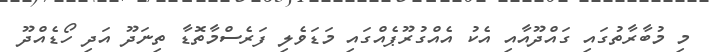
މި މުބާރާތުގައި ގައްދޫއާއި އެކު އެއްގުރޫޕެއްގައި މަޑަވެލި ފަރެސްމާތޮޑާ ތިނަދޫ އަދި ހޯޑެއްދޫ